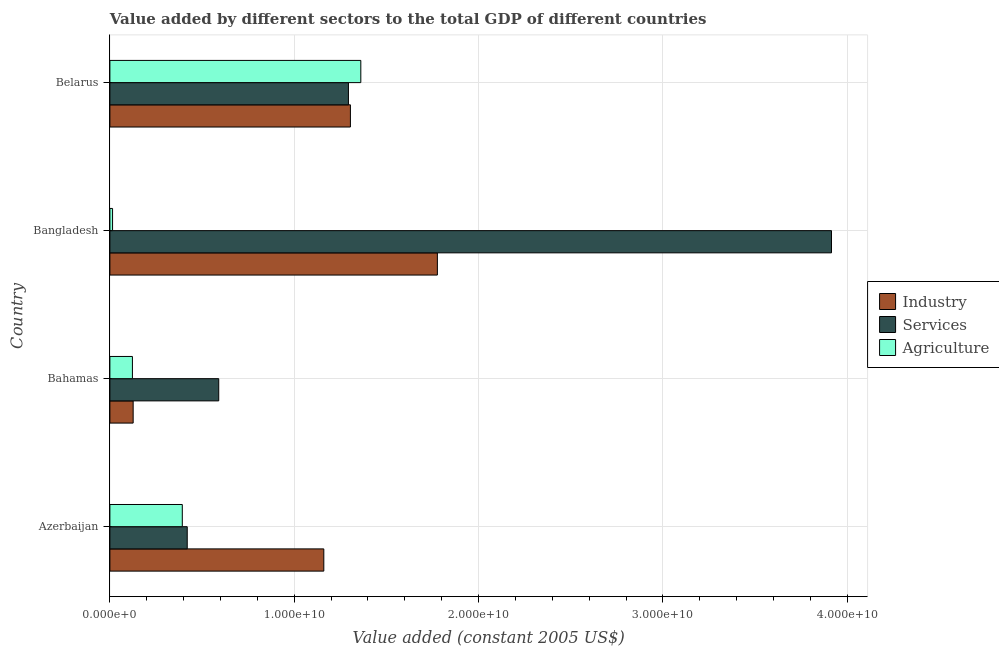
| Country | Industry | Services | Agriculture |
 | --- | --- | --- | --- |
 | Azerbaijan | 1.16e+10 | 4.2e+09 | 3.93e+09 |
 | Bahamas | 1.26e+09 | 5.9e+09 | 1.22e+09 |
 | Bangladesh | 1.78e+10 | 3.91e+10 | 1.45e+08 |
 | Belarus | 1.3e+10 | 1.29e+10 | 1.36e+10 |